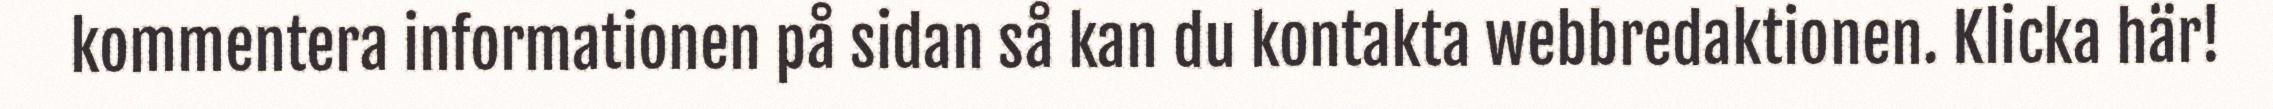
kommentera informationen på sidan så kan du kontakta webbredaktionen. Klicka här!